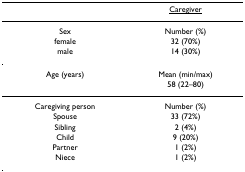
|  | <underline>Caregiver</underline> |
 | --- | --- |
 | Sex | Number (%) |
 | female | 32 (70%) |
 | male | 14 (30%) |
 | Age (years) | Mean (min/max) |
 |  | 58 (22–80) |
 | Caregiving person | Number (%) |
 | Spouse | 33 (72%) |
 | Sibling | 2 (4%) |
 | Child | 9 (20%) |
 | Partner | 1 (2%) |
 | Niece | 1 (2%) |